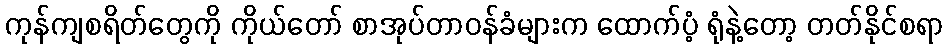
ကုန်ကျစရိတ်တွေကို ကိုယ်တော် စာအုပ်တာဝန်ခံများက ထောက်ပံ့ ရုံနဲ့တော့ တတ်နိုင်စရာ